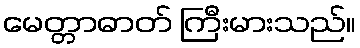
မေတ္တာဓာတ် ကြီးမားသည်။